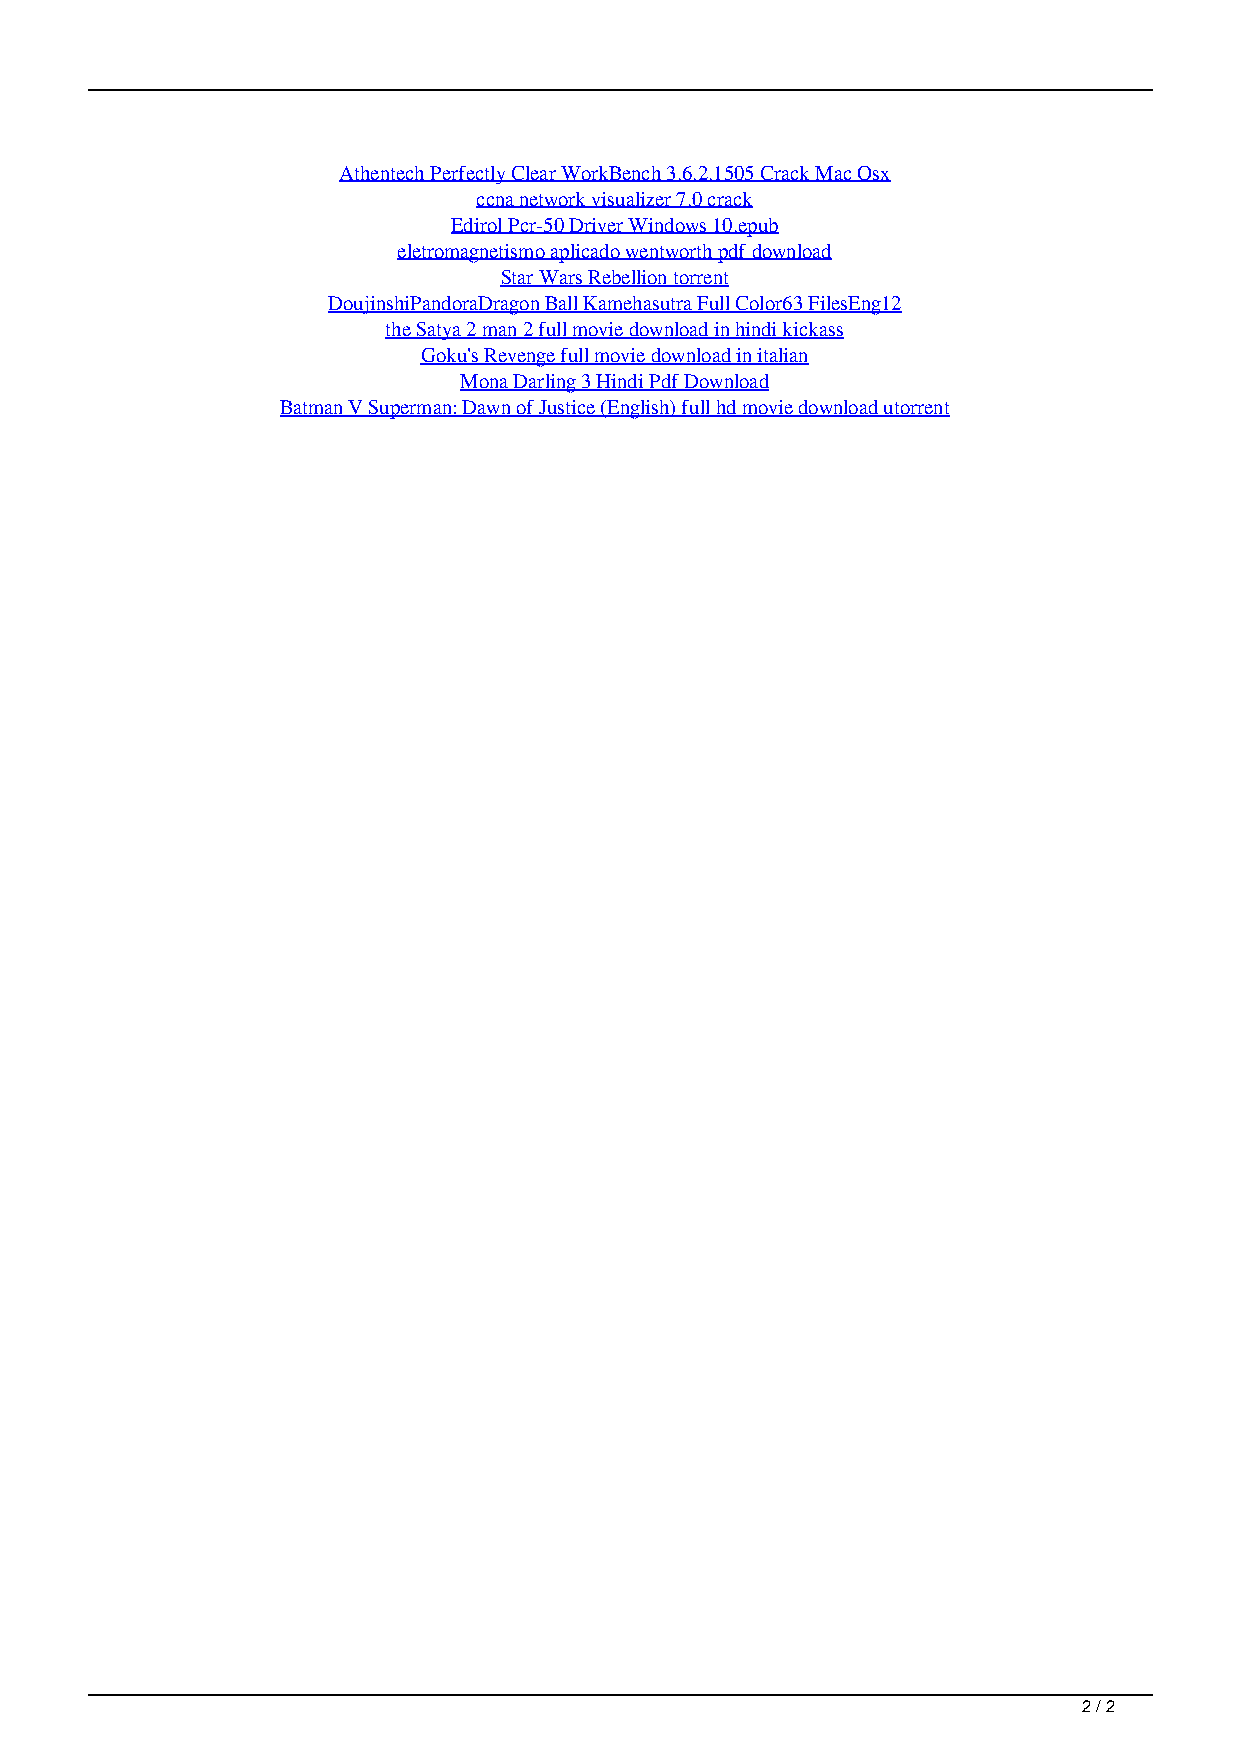
Athentech Perfectly Clear WorkBench 3.6.2.1505 Crack Mac Osx
 ccna network visualizer 7.0 crack
 Edirol Pcr-50 Driver Windows 10.epub
 eletromagnetismo aplicado wentworth pdf download
 Star Wars Rebellion torrent
 DoujinshiPandoraDragon Ball Kamehasutra Full Color63 FilesEng12
 the Satya 2 man 2 full movie download in hindi kickass
 Goku's Revenge full movie download in italian
 Mona Darling 3 Hindi Pdf Download
 Batman V Superman: Dawn of Justice (English) full hd movie download utorrent
 2 / 2
 Free Video Sex Porn Star